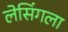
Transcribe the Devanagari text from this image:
लेसिंगला